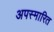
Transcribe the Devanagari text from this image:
अपस्मारित